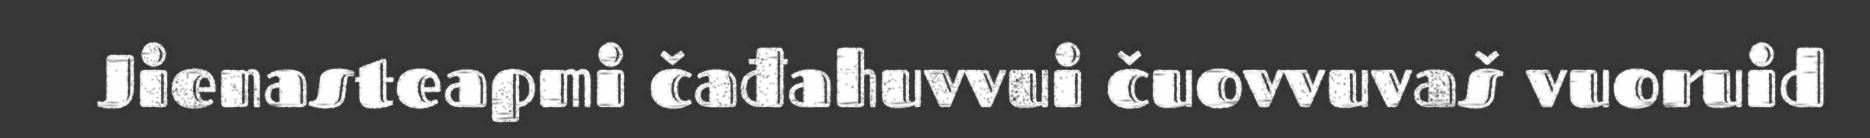
Jienasteapmi čađahuvvui čuovvuvaš vuoruid